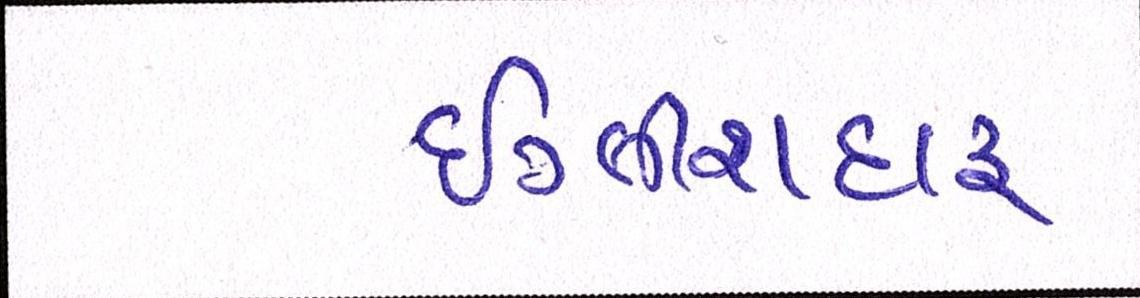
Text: ઇંગ્લીશદારૂ